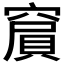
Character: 𥧨